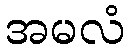
အမလံ